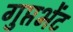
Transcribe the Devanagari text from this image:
गुप्तभेंट